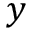
y